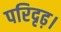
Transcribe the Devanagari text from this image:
परिदृढ़।